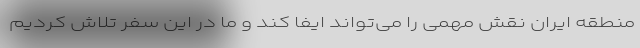
منطقه ایران نقش مهمی را می‌تواند ایفا کند و ما در این سفر تلاش کردیم